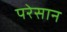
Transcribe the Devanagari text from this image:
परेसान